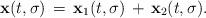
LaTeX: \begin{align*}{\bf x}(t,\sigma)\,=\, {\bf x}_{1}(t,\sigma)\,+\,{\bf x}_{2}(t,\sigma).\end{align*}